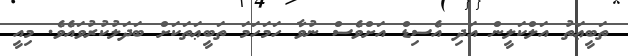
ތަބީޢަތު އަލްކަލީން އަދި އެސިޑް އަށްވެސް ނުވާ ހަމަހަމަ ތަބީޢަތަކަށް ބަދަލުކުރުވައެވެ. މިއީ